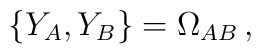
\{ Y_A, Y_B \} =  \Omega_{AB}\, ,